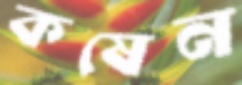
কষেন